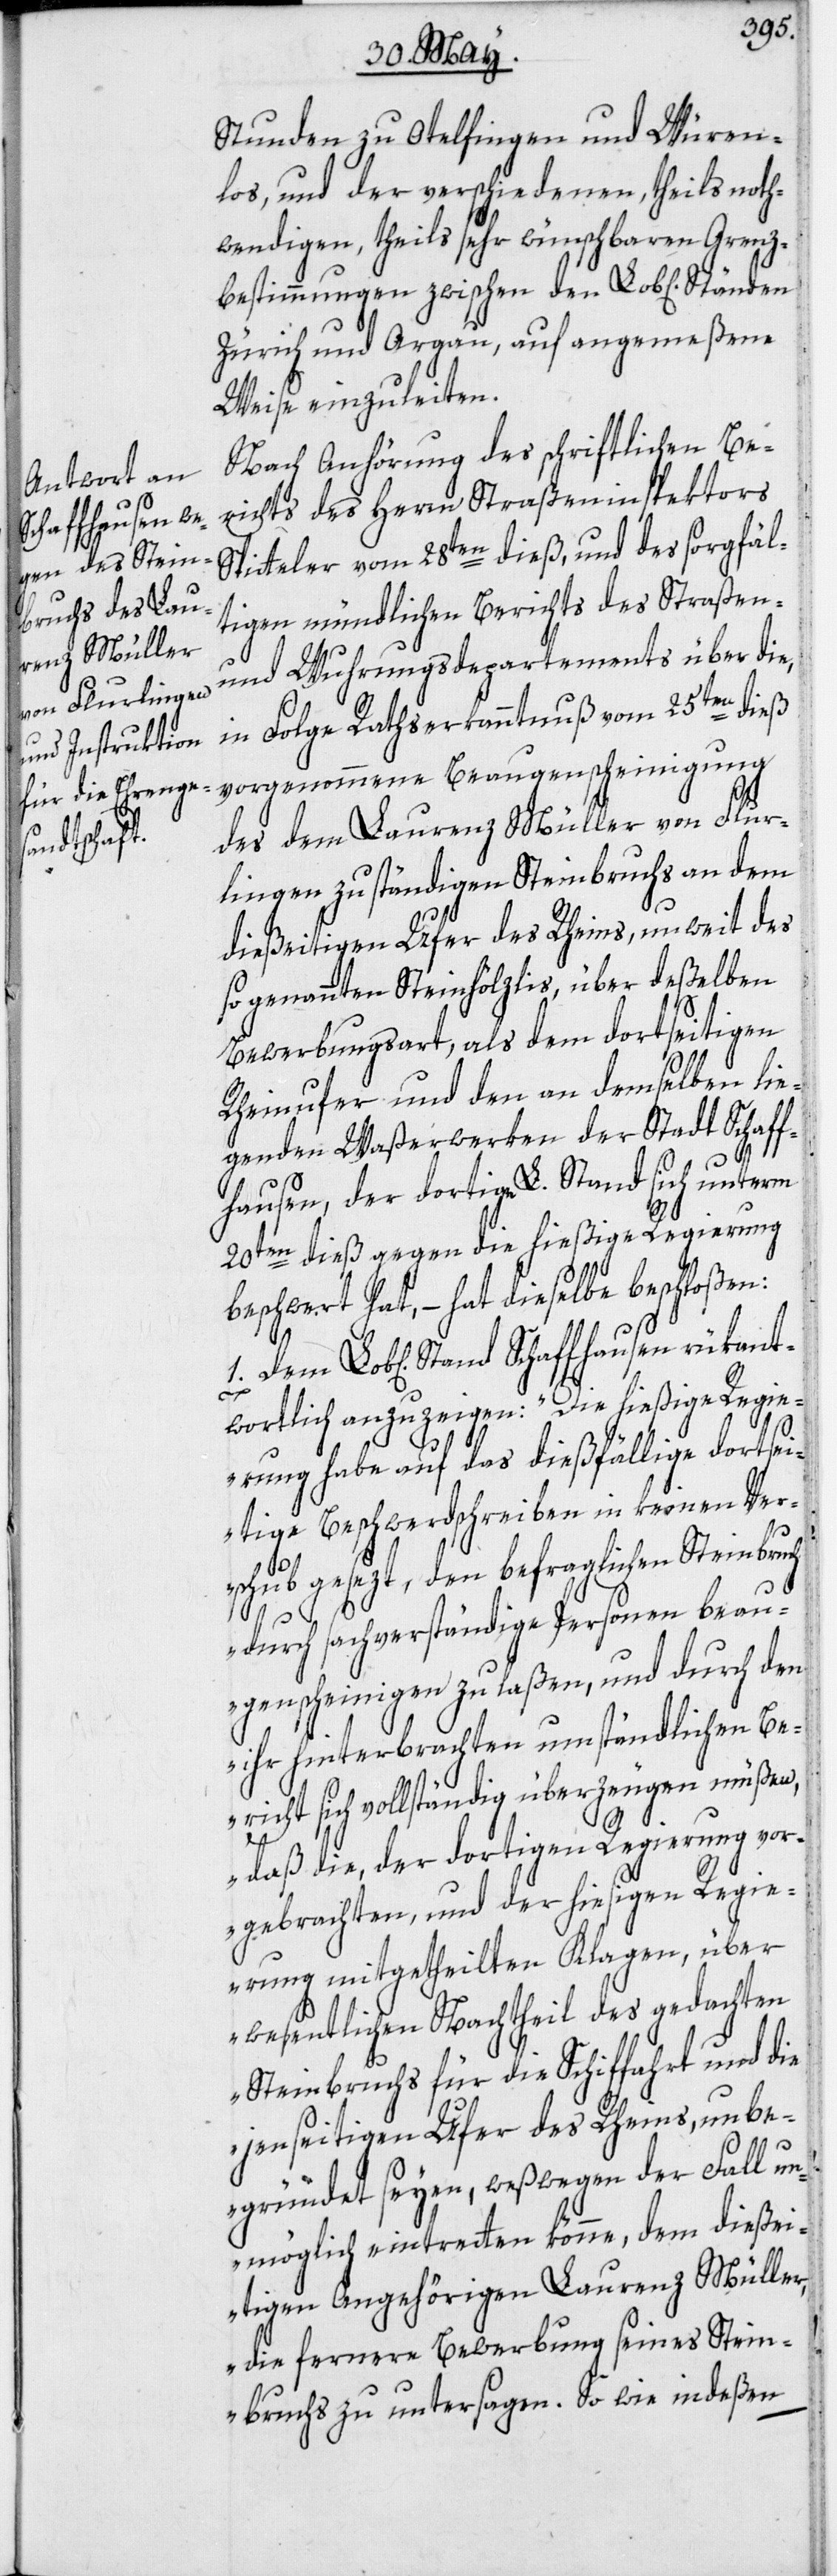
Stunden zu Otelfingen und Würen¬
los, und der verschiedenen, theils noth¬
wendigen, theils sehr wünschbaren Grenz¬
bestimmungen zwischen den Lob[lichen]
Zürich und Argau, auf angemeßene
Weise einzuleiten.
Nach Anhörung des schriftlichen Be¬
richts des Herrn Straßeninspektors
Spitteler vom 28ten dieß, und des sorgfäl¬
tigen mündlichen Berichts des Straßen-
und Wuhrungsdepartements über die,
in Folge Rathserkanntnuß vom 25ten dieß
vorgenommene Beaugenscheinigung
des dem Laurenz Müller von Flur¬
lingen zuständigen Steinbruchs an dem
dießeitigen Ufer des Rheins, unweit des
so genannten Steinhölzlis, über deßelben
Bewerbungsart, als dem dortseitigen
Rheinufer und den an demselben lie¬
genden Waßerwerken der Stadt Schaff¬
hausen, der dortige L. Stand sich unterm
20ten dieß gegen die hießige Regierung
beschwert hat, – hat dieselbe beschloßen:
Lob[lichen] Stand Schaffhausen rükant¬
wortlich anzuzeigen: „Die hießige Regie¬
rung habe auf das dießfällige dortsei¬
tige Beschwerdschreiben in keinen Ver¬
1.
schub gesezt, den befraglichen Steinbruch
durch sachverständige Personen beau¬
genscheinigen zu laßen, und durch den
ihr hinterbrachten umständlichen Be¬
richt sich vollständig überzeugen müßen,
daß die, der dortigen Regierung vor¬
gebrachten, und der hiesigen Regie¬
rung mitgetheilten Klagen, über
wesentlichen Nachtheil des gedachten
Steinbruchs für die Schiffahrt und die
jenseitigen Ufer des Rheins, unbe¬
gründet seyen, weßwegen der Fall un¬
möglich eintretten könne, dem dieße¬
itigen Angehörigen Laurenz Müller,
die fernere Bewerbung seines Stein¬
bruchs zu untersagen. So wie indeßen